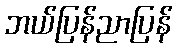
ဘယ်ပြန်ညာပြန်